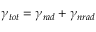
\gamma _ { t o t } = \gamma _ { r a d } + \gamma _ { n r a d }